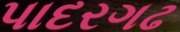
પાદરગઢ